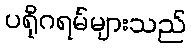
ပရိုဂရမ်များသည်